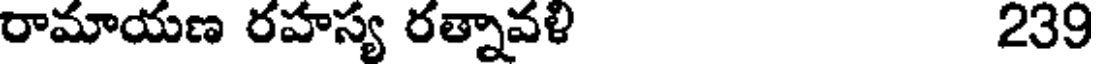
రామాయణ రహస్య రత్నావళి 239